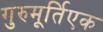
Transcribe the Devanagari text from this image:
गुरुमूर्तिएक